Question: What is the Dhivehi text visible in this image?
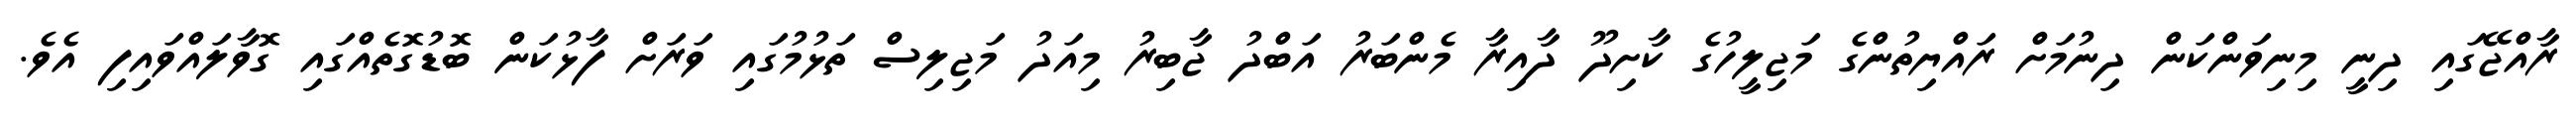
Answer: ރާއްޖޭގައި ދިނީ މިނިވަންކަން ދިނުމަށް ރައްޔިތުންގެ މަޖިލީހުގެ ކާށިދޫ ދާއިރާ މެންބަރު އަބްދު ޖާބިރު މިއަދު މަޖިލިސް ތަޅުމުގައި ވަރަށް ފާޅުކަން ބޮޑުގޮތެއްގައި ގޮވާލައްވައިފި އެވެ.